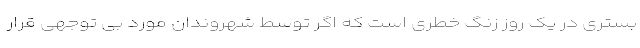
بستری در یک روز زنگ خطری است که اگر توسط شهروندان مورد بی توجهی قرار